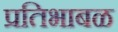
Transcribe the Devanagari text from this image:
प्रतिभाबळ